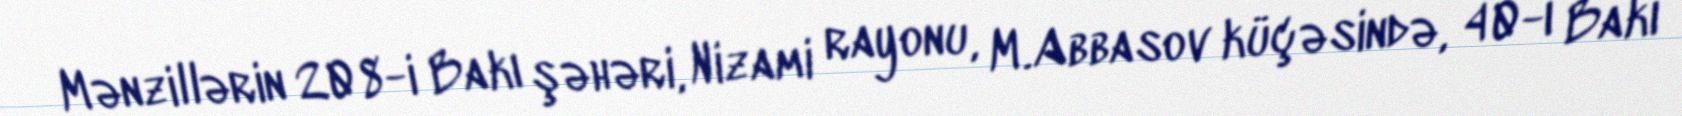
Mənzillərin 208-i Bakı şəhəri, Nizami rayonu, M.Abbasov küçəsində, 40-ı Bakı